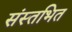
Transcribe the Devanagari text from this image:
संस्तभित